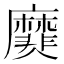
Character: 𪎫